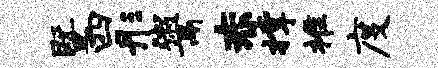
暨四彤鬻赤撑推度